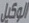
الوكیل